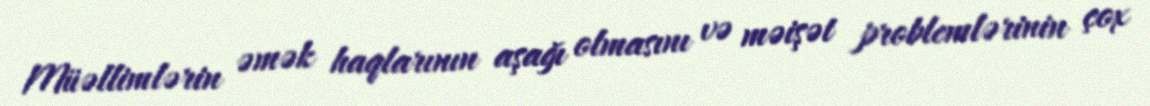
Müəllimlərin əmək haqlarının aşağı olmasını və məişət problemlərinin çox